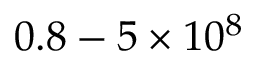
0 . 8 - 5 \times 1 0 ^ { 8 }